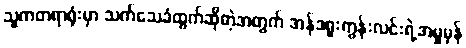
သူကတရာရုံးမှာ သက်သေခံထွက်ဆိုတဲ့အတွက် အန်ဒရူးကွန်းလင်းရဲ့အမှုမှန်